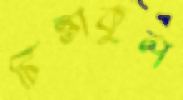
চিন্তাকুল